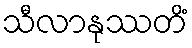
သီလာနုဿတိံ